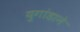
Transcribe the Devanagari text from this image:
युगांडाने